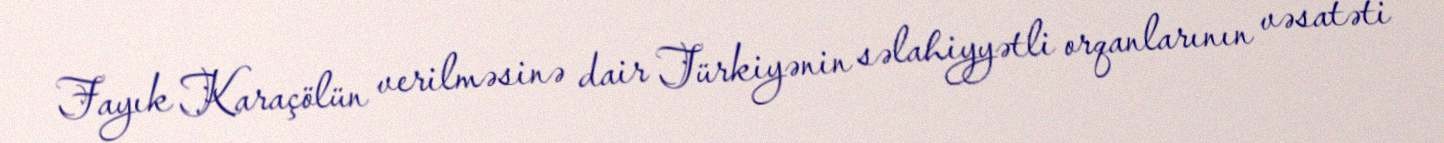
Fayık Karaçölün verilməsinə dair Türkiyənin səlahiyyətli orqanlarının vəsatəti